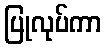
ပြုလုပ်ကာ